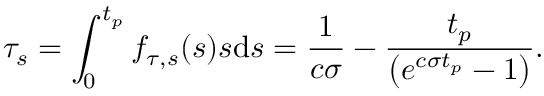
\tau _ { s } = \int _ { 0 } ^ { t _ { p } } f _ { \tau , s } ( s ) s \mathrm { d } s = \frac { 1 } { c \sigma } - \frac { t _ { p } } { \left( e ^ { c \sigma t _ { p } } - 1 \right) } .